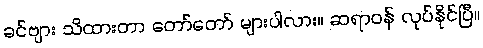
ခင်ဗျား သိထားတာ တော်တော် များပါလား။ ဆရာဝန် လုပ်နိုင်ပြီ။